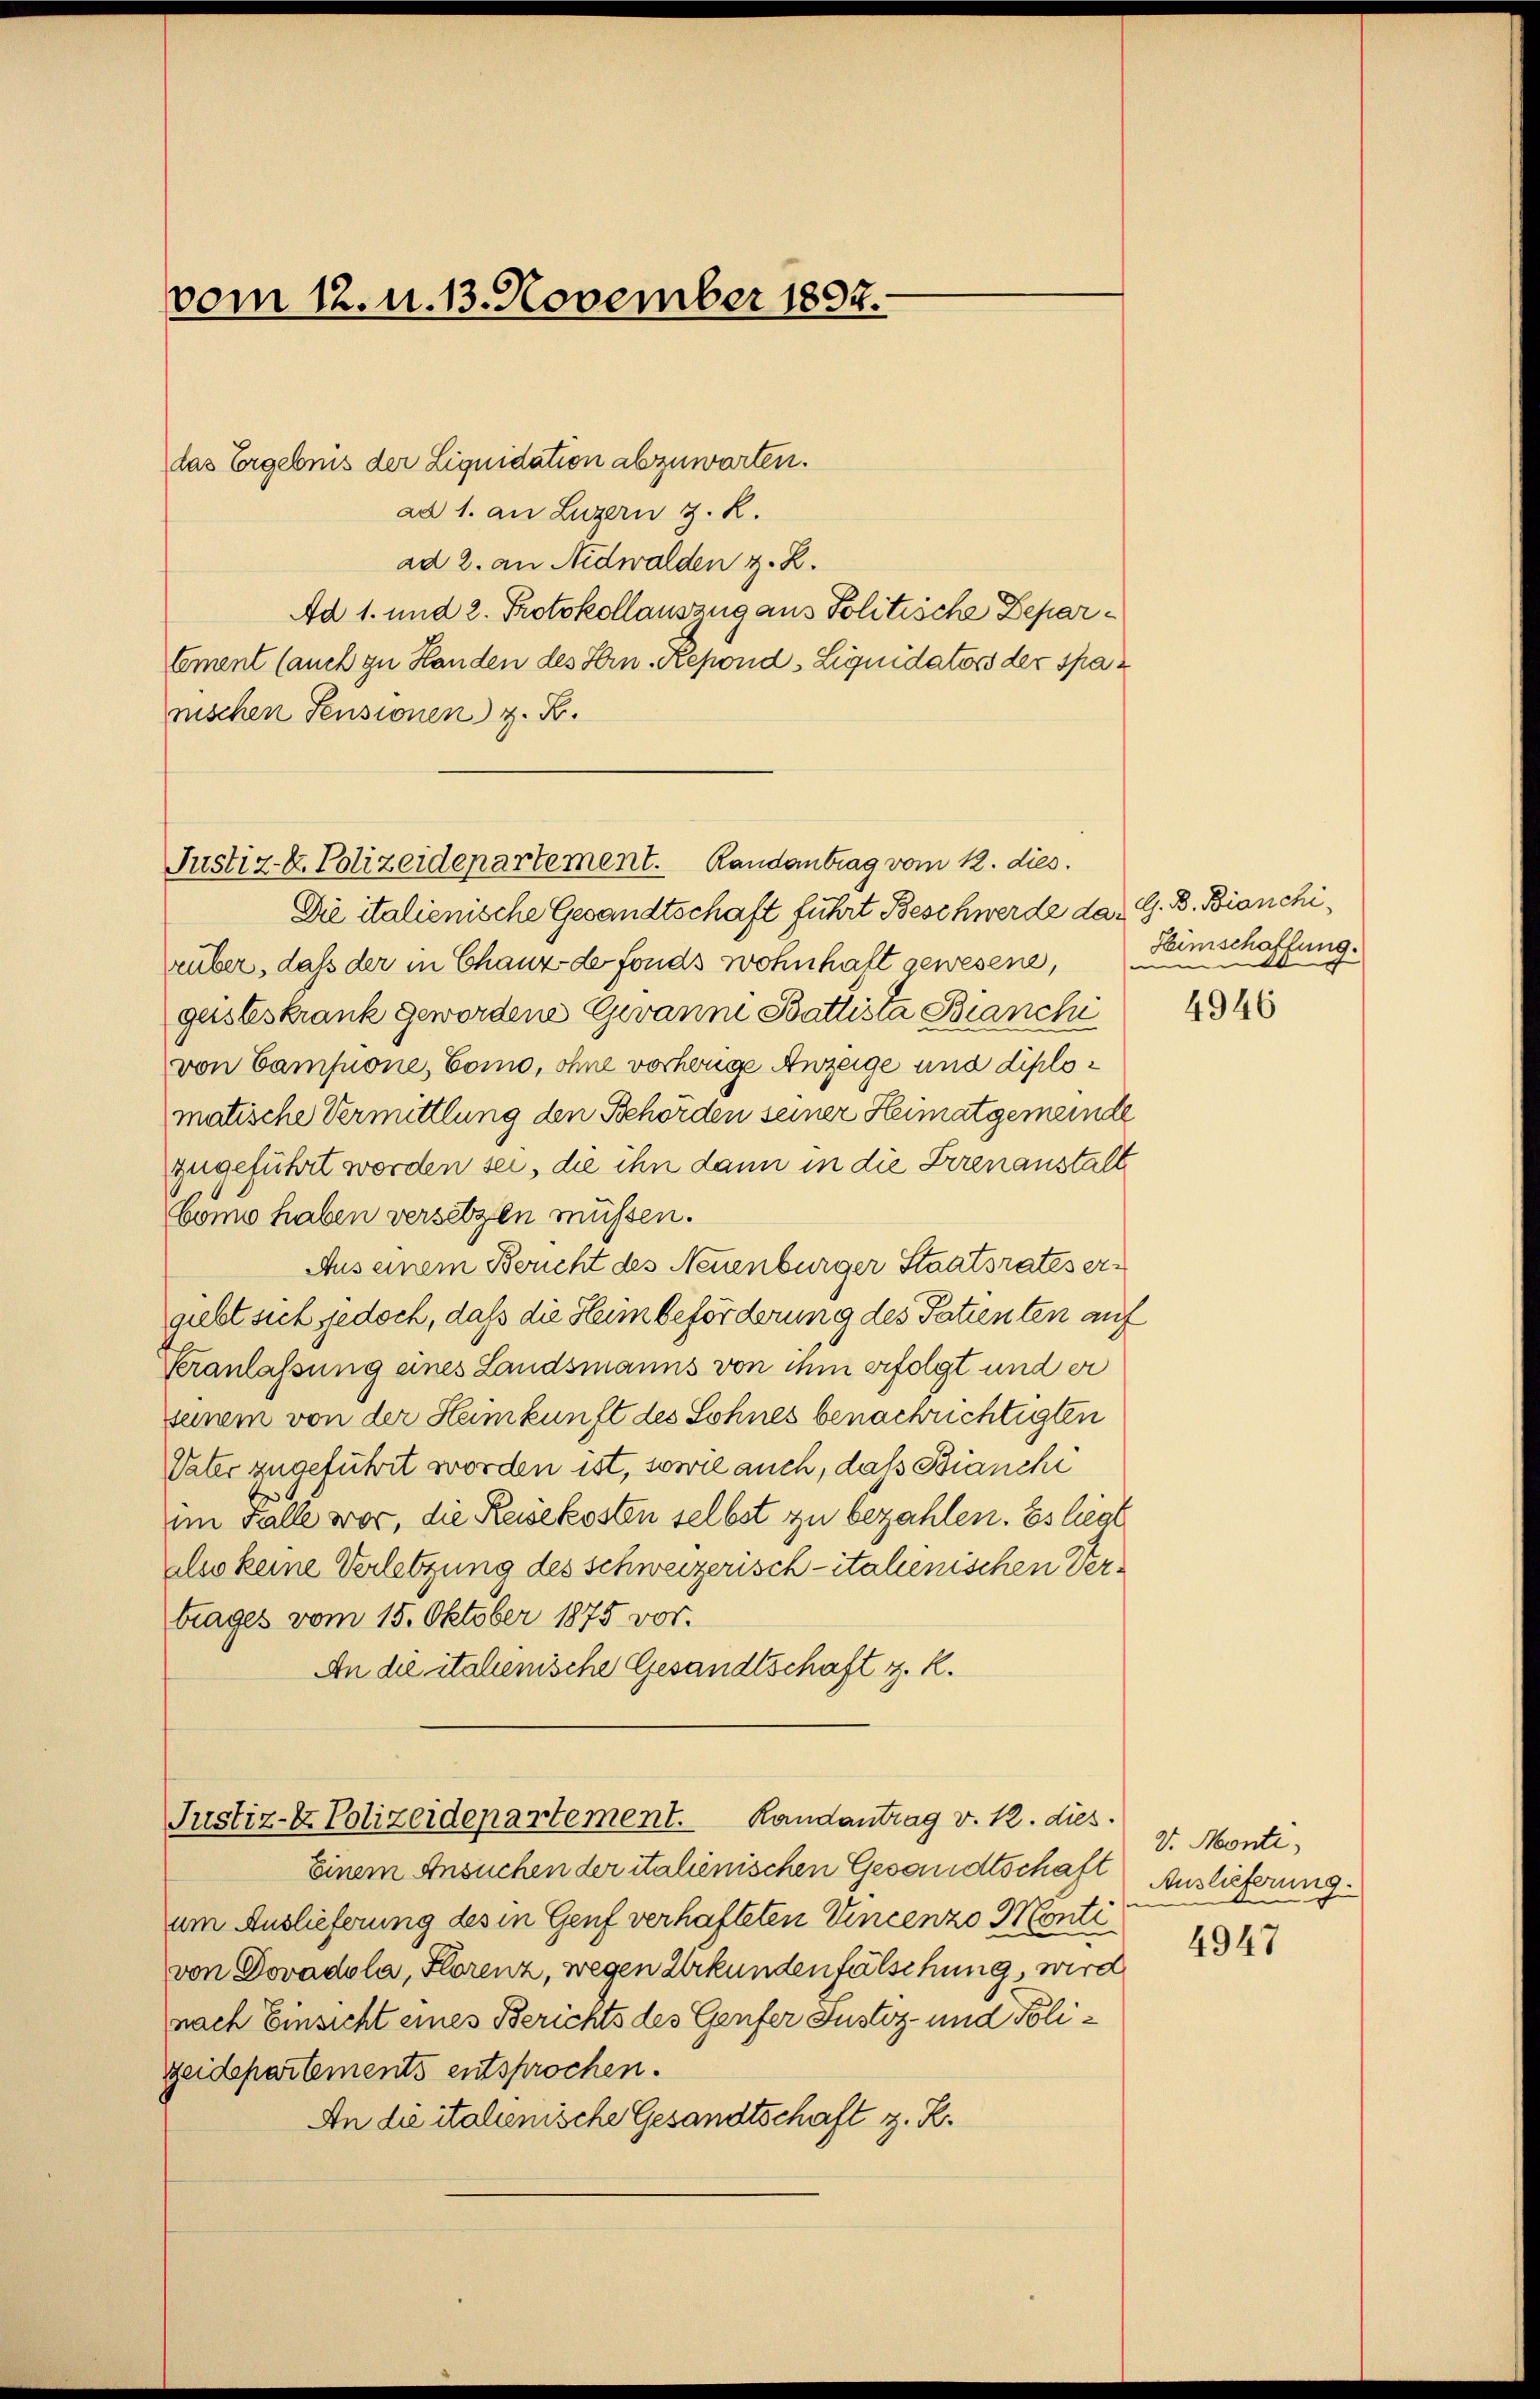
vom 12. u. 13. November 1892.

Justiz-k. Polizeidepartement. Randantrag vom 22. dies.

das Ergebnis der Liquidation abzuwarten.
ad 1. an Luzern z. R.
ad 2. an Nidwalden z. Z.
Ad 1. und 2. Protokollauszug aus Politische Depar¬
Ement (auch zu Handen des Hrn. Repond -Liquidators der spar
nischen Sensionen z. B.
Die italienische Gesandtschaft führt Beschwerde da. G. B. Bianchirüber, daß der in Chauz de fonds wohnhaft gewesene, um
geisteskrank gewordene Gewann Battista Bianchi
von Campone, Como, ohne vorherige Anzeige und diplomatische Vermittlung den Behörden seiner Heimatgemeinde
zugeführt worden sei, die ihn dann in die Irrenanstalt
Cömo haben versetzen müssen.
Aus einem Bericht des Neuenburger Staatsrates ergiebt sich jedoch, daß die Heim beförderung des Patienten auf
Veranlassung eines Landsmanns von ihm erfolgt und er
seinem von der Heimkunft des Sohnes benachrichtigten
Vater zugeführt worden ist, sowie auch, daß Bianchi
im Falle vor, die Reisekosten selbst zu bezahlen. Es liegt
also keine Verletzung des Schweizerisch-italienischen Vertrages vom 15. Oktober 1875 vor.
An die italienische Gesandtschaft z. R.

Einem Ansuchen der italienischen Gesandtschaft
um Auslieferung des in Genf verhafteten Vincenzo Montivon Dovadola, Florenz, wegen Urkundenfälschung, wird
nach Einsicht eines Berichts des Genfer Justiz- und Polizeidepartements entsprochen.
An die italienische Gesandtschaft z. R.

Justiz- & Polizeidepartement. Randantrag v. R. dies

Heimschaftung.

4946

V. Monte
Auslieferung.
A

4947